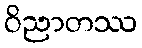
ဝိညာတဿ